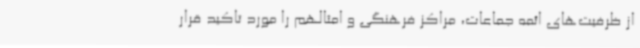
از ظرفیت‌های ائمه جماعات، مراکز فرهنگی و امثالهم را مورد تاکید قرار